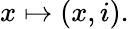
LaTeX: x\mapsto(x,i).